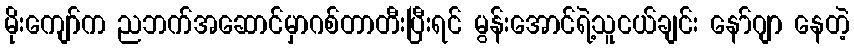
မိုးကျော်က ညဘက်အဆောင်မှာဂစ်တာတီးပြီးရင် မွန်းအောင်ရဲ့သူငယ်ချင်း နော်ဂျာ နေတဲ့